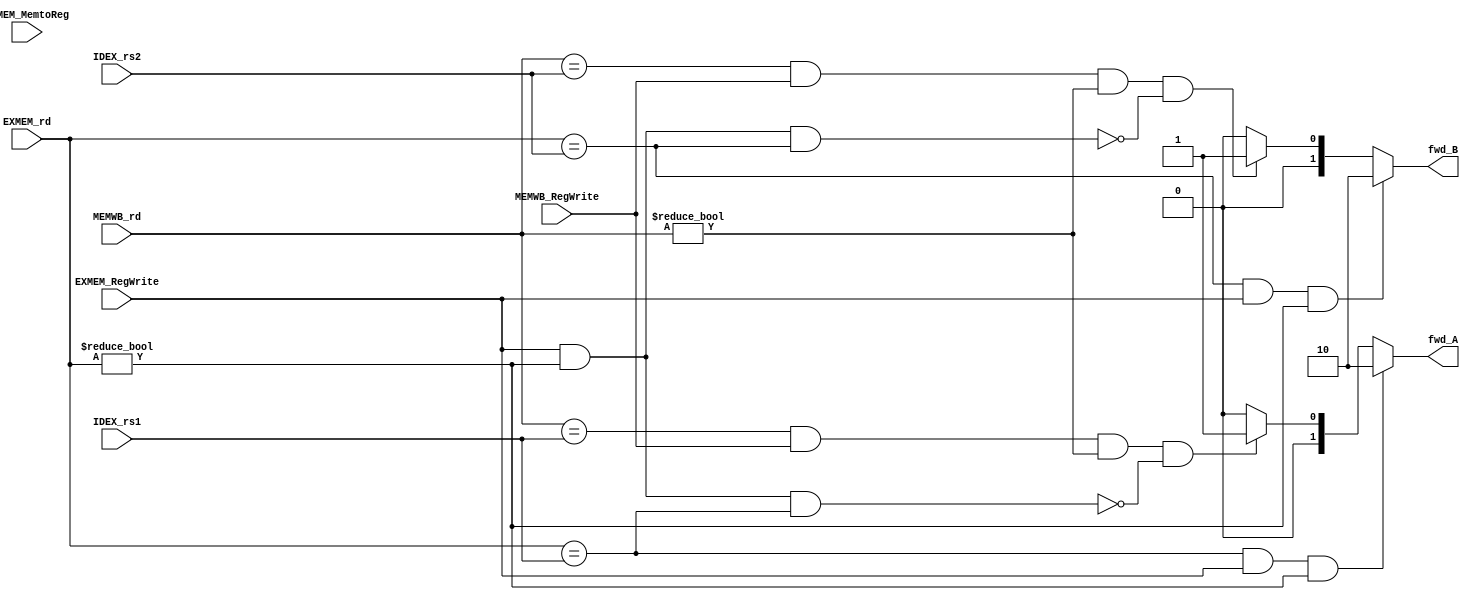
module Forwarding_Unit
(
    input [4:0] EXMEM_rd, MEMWB_rd,
    input [4:0] IDEX_rs1, IDEX_rs2,
    input EXMEM_RegWrite, EXMEM_MemtoReg,
    input MEMWB_RegWrite,

    output reg [1:0] fwd_A, fwd_B
);

always @(*) begin
    // Forwarding logic for operand A
    if (EXMEM_rd == IDEX_rs1 && EXMEM_RegWrite && EXMEM_rd != 0) begin
        fwd_A = 2'b10;  // Forward value from the EX/MEM pipeline stage
    end else if ((MEMWB_rd == IDEX_rs1) && MEMWB_RegWrite && (MEMWB_rd != 0) &&
               !(EXMEM_RegWrite && (EXMEM_rd != 0) && (EXMEM_rd == IDEX_rs1))) begin
        fwd_A = 2'b01;  // Forward value from the MEM/WB pipeline stage
    end else begin
        fwd_A = 2'b00;  // No forwarding for operand A
    end
    
    // Forwarding logic for operand B
    if ((EXMEM_rd == IDEX_rs2) && EXMEM_RegWrite && EXMEM_rd != 0) begin
        fwd_B = 2'b10;  // Forward value from the EX/MEM pipeline stage
    end else if ((MEMWB_rd == IDEX_rs2) && (MEMWB_RegWrite == 1) && (MEMWB_rd != 0) &&
               !(EXMEM_RegWrite && (EXMEM_rd != 0) && (EXMEM_rd == IDEX_rs2))) begin
        fwd_B = 2'b01;  // Forward value from the MEM/WB pipeline stage
    end else begin
        fwd_B = 2'b00;  // No forwarding for operand B
    end
end

endmodule